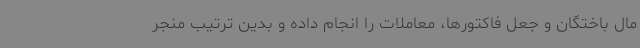
مال باختگان و جعل فاکتورها، معاملات را انجام داده و بدین ترتیب منجر